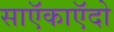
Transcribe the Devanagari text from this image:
साऍकाऍदो